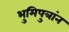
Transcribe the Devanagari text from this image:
भुमिपुत्रांन